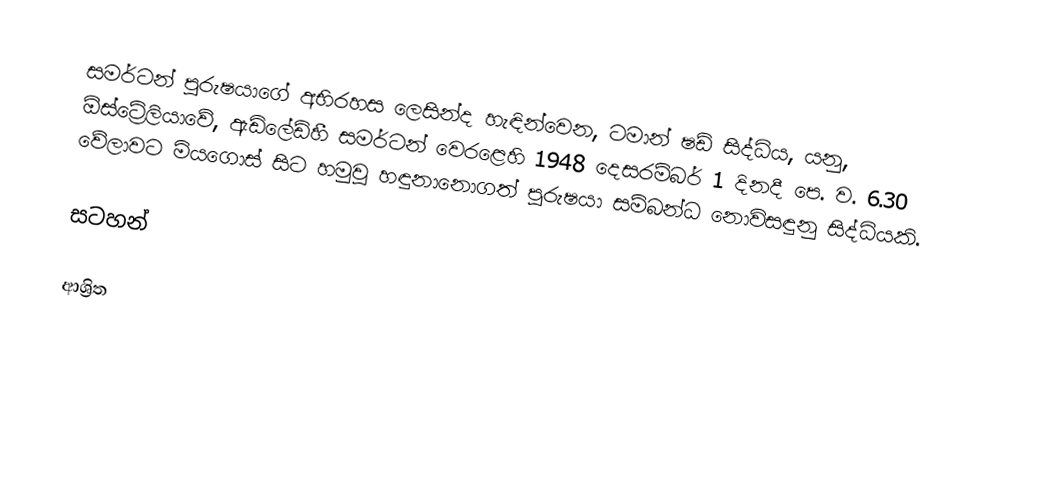
සමර්ටන් පුරුෂයාගේ අභිරහස ලෙසින්ද හැඳින්වෙන, ටමාන් ෂඩ් සිද්ධිය,   යනු, ඕස්ට්‍රේලියාවේ, ඇඩිලේඩ්හී සමර්ටන් වෙරළෙහි 1948 දෙසරම්බර් 1 දිනදී පෙ. ව. 6.30 වේලාවට මියගොස් සිට හමුවූ හඳුනානොගත් පුරුෂයා සම්බන්ධ  නොවිසඳුනු සිද්ධියකි.

සටහන්

ආශ්‍රිත